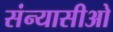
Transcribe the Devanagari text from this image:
संन्यासीओ